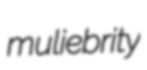
muliebrity